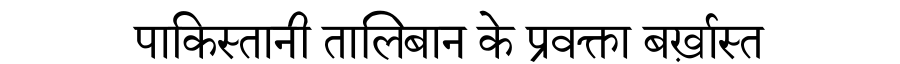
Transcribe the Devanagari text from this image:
पाकिस्तानी तालिबान के प्रवक्ता बर्ख़ास्त